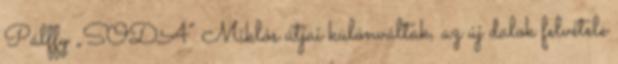
Pálffy „SODA” Miklós útjai különváltak, az új dalok felvétele